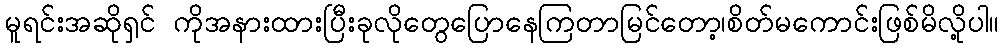
မူရင်းအဆိုရှင် ကိုအနားထားပြီးခုလိုတွေပြောနေကြတာမြင်တော့၊စိတ်မကောင်းဖြစ်မိလို့ပါ။